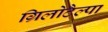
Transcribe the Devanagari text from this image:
ग्रिलोटैल्पा